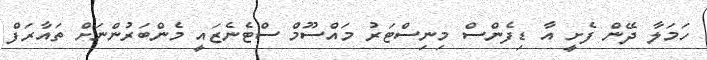
ހަމަލާ ދޭން ފެށީ އާ ޑިފެންސް މިނިސްޓަރު މައްސޫމް ސްޓެނެޒައީ މެންބަރުންނަށް ތައާރަފް